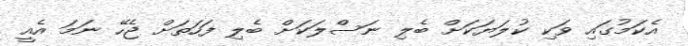
އެކަމުގައި ވަކި ކުލަޔަކަށް ބެލި ނަސްލަކަށް ބެލި ފަހަތަށް ޖެހޭ ނަމަ އެއީ